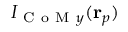
I _ { \mathrm { ~ C ~ o ~ M ~ } y } ( \mathbf { r } _ { p } )